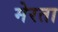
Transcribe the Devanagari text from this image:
मेरता